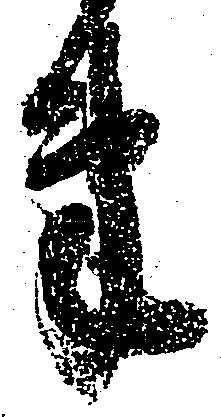
束